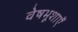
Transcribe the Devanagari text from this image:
वेषभूशाएँ